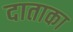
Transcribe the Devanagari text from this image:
दाताका